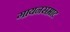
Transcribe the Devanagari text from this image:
गायनसम्राट